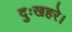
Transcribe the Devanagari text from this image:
दुःखहरे।